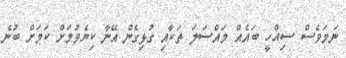
ނަމަވެސް ސިއްހީ ބައެއް މައްސަލަ ތަކާއި ގުޅިގެން އޭނާ ކިޔެވުމަށް ކަމަށް ބުނެ